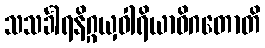
သသင်္ခါရနိဂ္ဂယှဝါရိယာဓိဂတောတိ